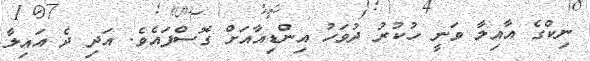
ނިކްގެ އާއިލާ ވަނީ ހުކުރު ދުވަހު އިންޑިއާއަށް ގޮސްފައެވެ. އަދި ދެ އައިލާ